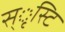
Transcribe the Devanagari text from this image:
स्ृस्टि